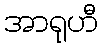
အာရုဟီ